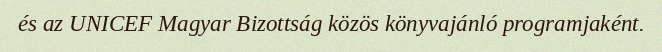
és az UNICEF Magyar Bizottság közös könyvajánló programjaként.